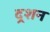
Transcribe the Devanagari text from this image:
दर्‍शन